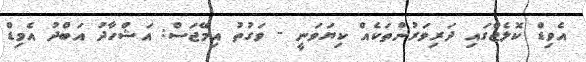
އެވިޑް ކޮލެޖްގައި ދަރިވަރުންތަކެއް ކިޔަވަނީ - ވަގުތު އިމޭޖަސް: އަޝްހާދު އަބްދު އެވިޑް